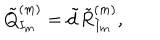
\tilde { Q } _ { I _ { m } } ^ { ( m ) } = \tilde { d } \tilde { R } _ { I _ { m } } ^ { ( m ) } ,